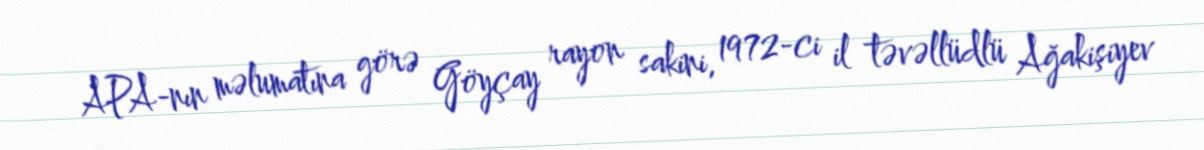
APA-nın məlumatına görə Göyçay rayon sakini, 1972-ci il təvəllüdlü Ağakişiyev